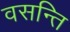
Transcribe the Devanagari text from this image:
वसन्ति